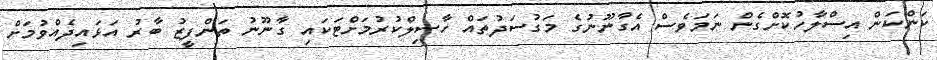
ކަންކަން އިސްލާހުކޮށްގެން ނަަމަވެސް އެގާނޫނުގެ މަގުސަދުތައް ހާސިލްކުރުމަށްޓަކައި ގާނޫނު ތަންފީޒު ބާރު އަޅައިދެއްވުމަށް